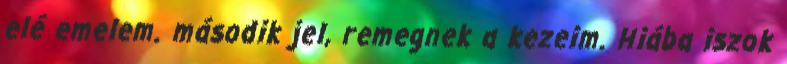
elé emelem. második jel, remegnek a kezeim. Hiába iszok